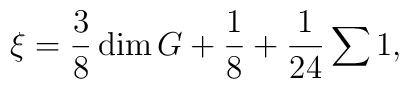
\xi=\frac{3}{8}\dim G+\frac{1}{8}+\frac{1}{24}\sum 1,